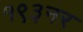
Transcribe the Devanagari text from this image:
१९३नर